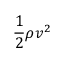
{ \frac { 1 } { 2 } } \rho v ^ { 2 }